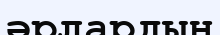
әрлардың